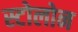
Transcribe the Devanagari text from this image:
स्टोलोन